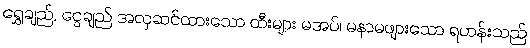
ရွှေချည်, ငွေချည် အလှဆင်ထားသော ထီးများ မအပ်၊ မနာမဖျားသော ရဟန်းသည်